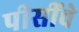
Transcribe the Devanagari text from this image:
पीसींचे